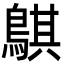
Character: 鶀